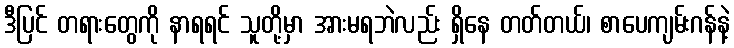
ဒီပြင် တရားတွေကို နာရရင် သူတို့မှာ အားမရဘဲလည်း ရှိနေ တတ်တယ်၊ စာပေကျမ်းဂန်နဲ့